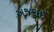
અજરાઈ